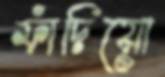
ফাঁদিয়ো